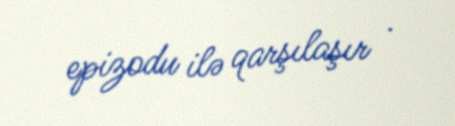
epizodu ilə qarşılaşır .